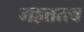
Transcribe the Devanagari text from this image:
महत्तत्त्व